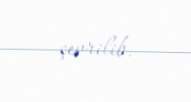
çevrilib.